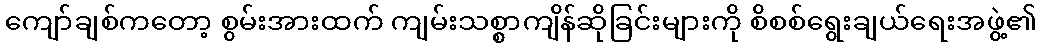
ကျော်ချစ်ကတော့ စွမ်းအားထက် ကျမ်းသစ္စာကျိန်ဆိုခြင်းများကို စိစစ်ရွေးချယ်ရေးအဖွဲ့၏